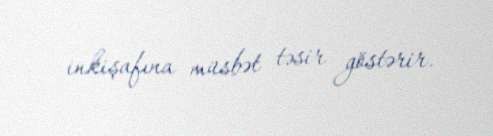
inkişafına müsbət təsir göstərir.